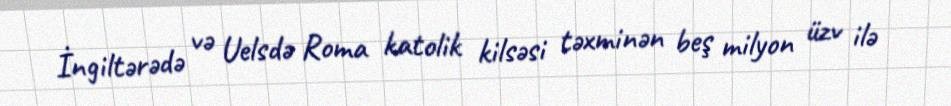
İngiltərədə və Uelsdə Roma katolik kilsəsi təxminən beş milyon üzv ilə